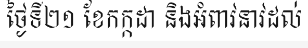
ថ្ងៃទី២១ ខែកក្កដា និងអំពាវនាវដល់